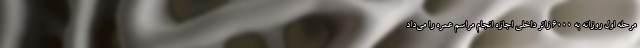
مرحله اول روزانه به 6000 زائر داخلی اجازه انجام مراسم عمره را می‌داد